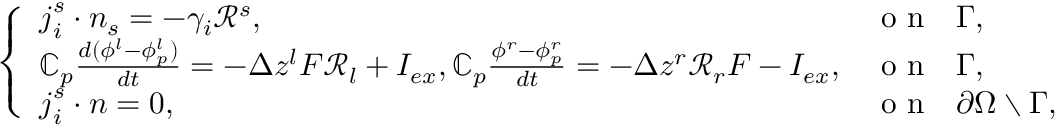
\left\{ \begin{array} { l l } { \boldsymbol { j } _ { i } ^ { s } \cdot \boldsymbol { n } _ { s } = - \gamma _ { i } \mathcal { R } ^ { s } , } & { \mathrm { ~ o ~ n ~ ~ ~ } \Gamma , } \\ { \mathbb { C } _ { p } \frac { d ( \phi ^ { l } - \phi _ { p } ^ { l } ) } { d t } = - \Delta z ^ { l } F \mathcal { R } _ { l } + I _ { e x } , \mathbb { C } _ { p } \frac { \phi ^ { r } - \phi _ { p } ^ { r } } { d t } = - \Delta z ^ { r } \mathcal { R } _ { r } F - I _ { e x } , } & { \mathrm { ~ o ~ n ~ ~ ~ } \Gamma , } \\ { \boldsymbol { j } _ { i } ^ { s } \cdot \boldsymbol { n } = 0 , ~ } & { \mathrm { ~ o ~ n ~ ~ ~ } \partial \Omega \setminus \Gamma , } \end{array} \right.